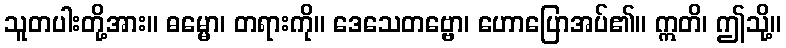
သူတပါးတို့အား။ ဓမ္မော၊ တရားကို။ ဒေသေတဗ္ဗော၊ ဟောပြောအပ်၏။ ဣတိ၊ ဤသို့။